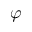
\varphi